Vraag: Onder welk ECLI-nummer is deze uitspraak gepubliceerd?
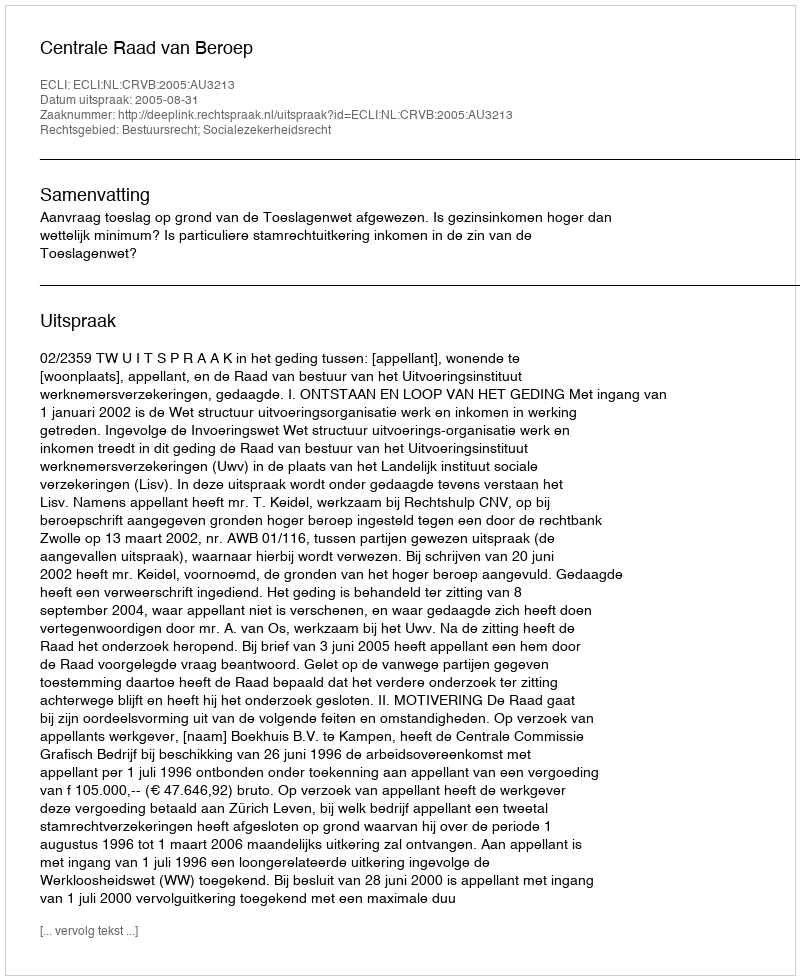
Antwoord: ECLI:NL:CRVB:2005:AU3213